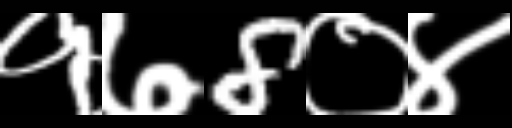
Text: १७8०४